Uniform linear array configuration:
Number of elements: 64
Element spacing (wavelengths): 0.5
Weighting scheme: cosine
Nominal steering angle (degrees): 15
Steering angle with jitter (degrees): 14.274
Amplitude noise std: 0.05
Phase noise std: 0.05

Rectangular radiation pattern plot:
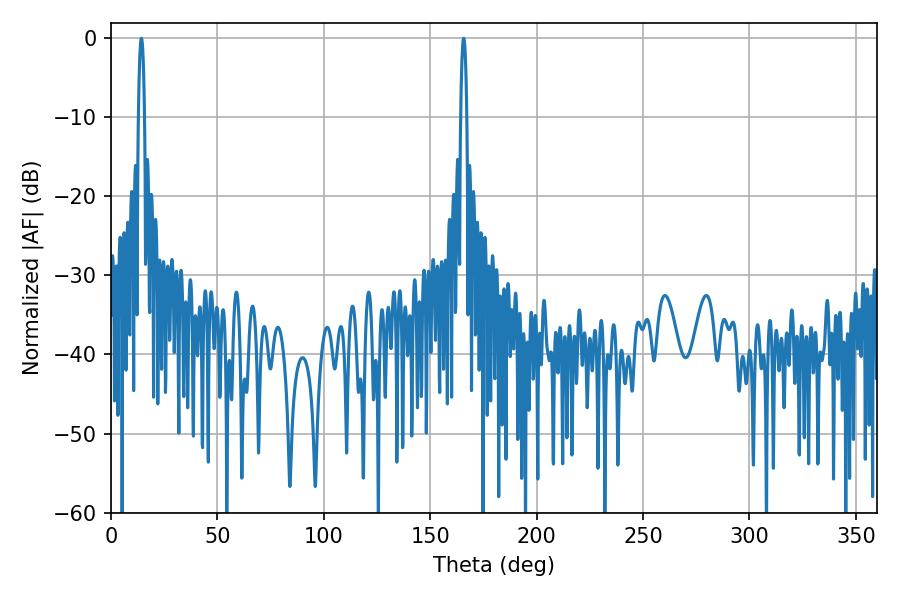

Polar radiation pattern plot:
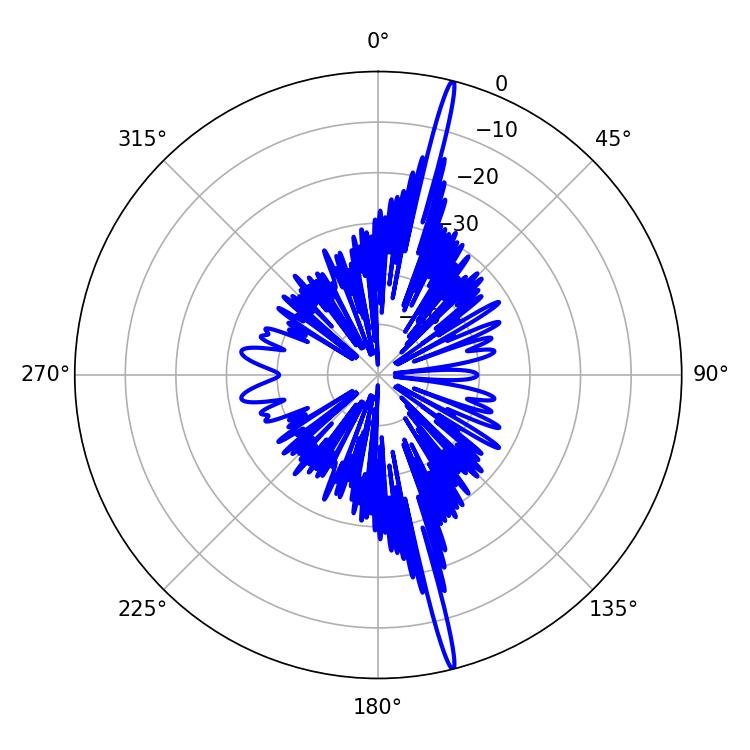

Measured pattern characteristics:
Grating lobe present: FALSE
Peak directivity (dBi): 20.964
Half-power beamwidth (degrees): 1.62
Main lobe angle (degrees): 14.22